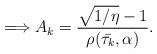
LaTeX: \begin{align*}\Longrightarrow A_{k} = \frac{\sqrt{1/\eta} - 1}{\rho(\bar{\tau_{k}}, \alpha)}.\end{align*}